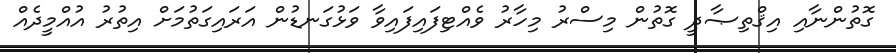
ގޮތުންނާއި އިޤްތިޞާދީ ގޮތުން މިސްރު މިހާރު ވެއްޓިފައިފައިވާ ވަޅުގަނޑުން އަރައިގަތުމަށް އިތުރު އުއްމީދެއް